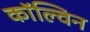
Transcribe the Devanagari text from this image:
काॅल्विन